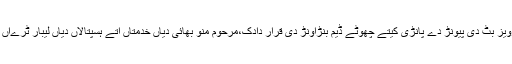
رکن اسمبلی احمد خان بھچردکی دیہی علاقیاں اچ بجلی ڈیونڑبارے قرار داد،حنا پرویز بٹ دی پیونڑ دے پانڑی کیتے چھوٹے ڈیم بنڑاونڑ دی قرار دادک،مرحوم منو بھائی دیاں خدمتاں اتے ہسپتالاں دیاں لیبار ٹرےاں اچ مشینری ودھاونڑ دیاں چارے قرار داداں محرک نہ ہوونڑ پارون نمٹا ڈتیاں گن۔